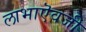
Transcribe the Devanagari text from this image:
लाभाऎवजी